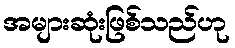
အများဆုံးဖြစ်သည်ဟု